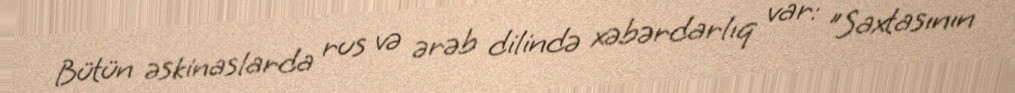
Bütün əskinaslarda rus və ərəb dilində xəbərdarlıq var: "Saxtasının